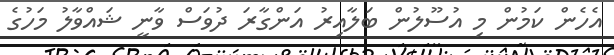
އެހެން ކަމުން މި އުސޫލުން ބަލާއިރު އަންގާރަ ދުވަސް ވާނީ ޝައްވާލު މަހުގެ